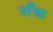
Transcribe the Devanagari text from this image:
सँक